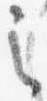
之